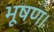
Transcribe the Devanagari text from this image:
भूषण।